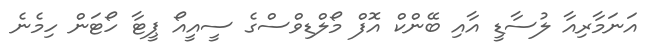
އަނަމާރިއާ ލުސާޑީ އާއި ބޭންކް އޮފް މޯލްޑިވްސްގެ ސީއީއޯ ޕީޓާ ހޯޓަން ހިމެނެ